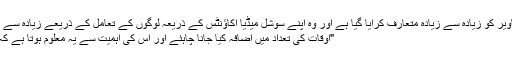
ان کے علاوہ ، یہاں کی تصاویر کو زیادہ سے زیادہ متعارف کرایا گیا ہے اور وہ اپنے سوشل میڈیا اکاؤنٹس کے ذریعہ لوگوں کے تعامل کے ذریعے زیادہ سے زیادہ لوگوں تک پہنچتے ہیں
"اوقات کی تعداد میں اضافہ کیا جانا چاہئے اور اس کی اہمیت سے یہ معلوم ہوتا ہے کہ یہ ہیک کی تلاش کرتا ہے۔